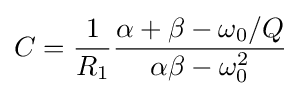
C={\frac {1}{R_{1}}}{\frac {\alpha +\beta -\omega _{0}/Q}{\alpha \beta -\omega _{0}^{2}}}